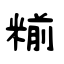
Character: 糋